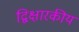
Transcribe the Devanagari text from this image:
द्विक्षारकीय